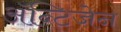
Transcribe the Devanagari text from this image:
ॲन्टिजेन